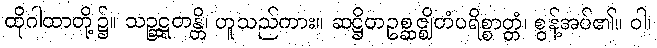
ထိုဂါထာတို့၌။ သဉ္ဆဋ္ဋတန္တိ၊ ဟူသည်ကား။ ဆဋ္ဌိတဥစ္ဆဇ္ဈိတံပရိစ္စာတ္တံ၊ စွန့်အပ်၏။ ဝါ၊